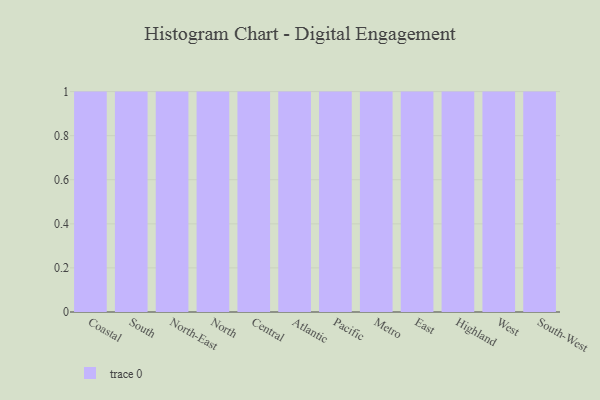
{"axis": {"x": "Region", "y": "Gross Profit (USD K)"}, "legend": [""], "data": [{"x": "Coastal", "y": 4, "type": ""}, {"x": "South", "y": 86, "type": ""}, {"x": "North-East", "y": 56, "type": ""}, {"x": "North", "y": 69, "type": ""}, {"x": "Central", "y": 26, "type": ""}, {"x": "Atlantic", "y": 44, "type": ""}, {"x": "Pacific", "y": 11, "type": ""}, {"x": "Metro", "y": 70, "type": ""}, {"x": "East", "y": 70, "type": ""}, {"x": "Highland", "y": 70, "type": ""}, {"x": "West", "y": 20, "type": ""}, {"x": "South-West", "y": 32, "type": ""}]}